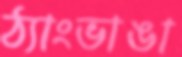
ঠ্যাংভাঙা